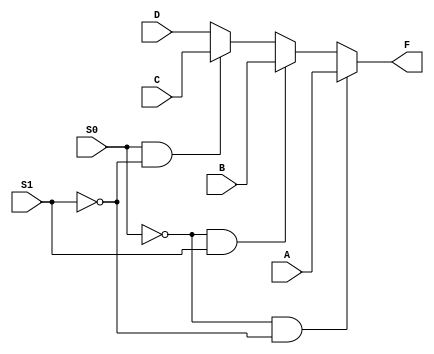

`timescale 1 ns/1 ns


module Mux_1_ss(A, B, C, D, S0, S1, F);

	input A, B, C, D;
	input S0, S1;
	output F;
	reg F;
	
	always @*
	begin
		if(S0 == 0 && S1 == 0)
		begin
			F <= A;
		end
		else if(S0 == 0 && S1 == 1)
		begin
			F <= B;
		end
		else if(S0 == 1 && S1 == 0)
		begin
			F <= C;
		end
		else
		begin
			F <= D;
		end
	end
	


endmodule